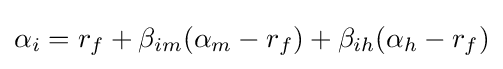
\alpha _{i}=r_{f}+\beta _{im}(\alpha _{m}-r_{f})+\beta _{ih}(\alpha _{h}-r_{f})